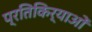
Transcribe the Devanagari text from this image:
प्रतिकिर्याओं